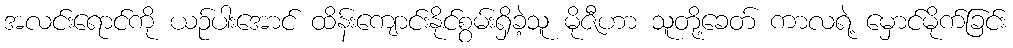
အလင်းရောင်ကို ယဉ်ပါးအောင် ထိန်းကျောင်းနိုင်စွမ်းရှိခဲ့သူ မိုဇီဟာ သူတို့ခေတ် ကာလရဲ့ မှောင်မိုက်ခြင်း